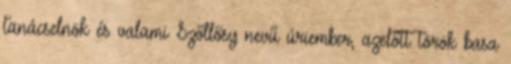
tanácselnök és valami Szőllősy nevű úriember, azelőtt török basa